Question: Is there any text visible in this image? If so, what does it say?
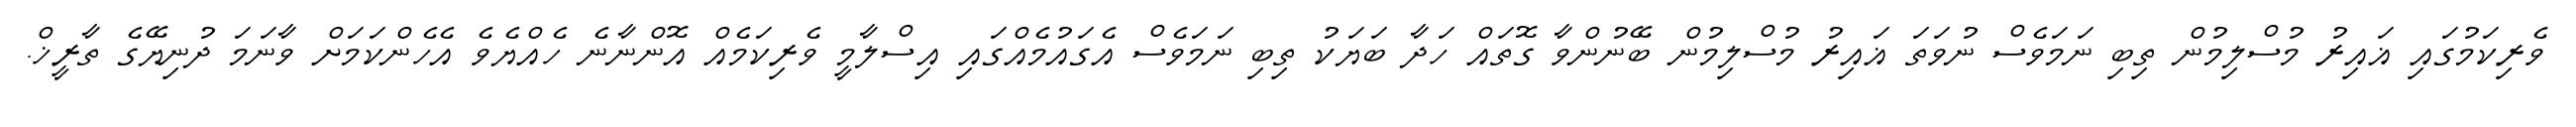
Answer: ވެރިކަމުގައި ޣައިރު މުސްލިމުން ތިބި ނަމަވެސް ނުވަތަ ޣައިރު މުސްލިމުން ބޭނުންވާ ގޮތައް ހަދާ ބަޔަކު ތިބި ނަމަވެސް އެގައުމެއްގައި އިސްލާމީ ވެރިކަމެއް އޮންނާނެ ހެއްޔެވެ އެހެންކަމަށް ވާނަމަ ދުނިޔޭގެ ތާރީޚް.